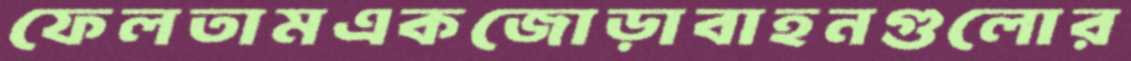
ফেলতামএকজোড়াবাহনগুলোর